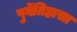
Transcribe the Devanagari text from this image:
पुर्वेतिहासा